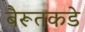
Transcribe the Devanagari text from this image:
बैरूतकडे